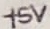
Text: +5V